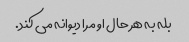
بله به هر حال او مرا دیوانه می کند.